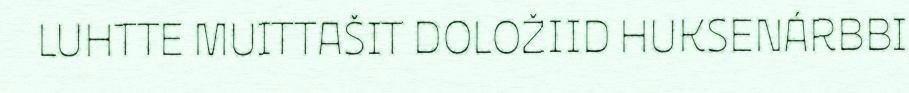
LUHTTE MUITTAŠIT DOLOŽIID HUKSENÁRBBI